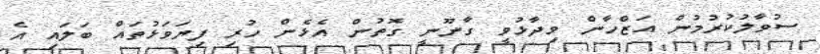
ސުވާލުކުރުމުން އަޒްހާން ވިދާޅުވީ ގާނޫނީ ގޮތުން އެޅެން ހުރި ފިޔަވަޅުތައް ބަލައި އެ